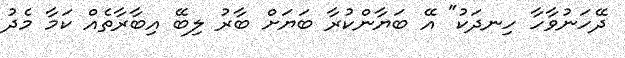
ދޭހަނުވާހާ ހިނދަކު" އޭ ބަޔާންކުރާ ބަޔަށް ބާރު ލިބޭ އިބާރާތެއް ކަމާ މެދު